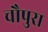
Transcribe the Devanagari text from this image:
चौपुरा